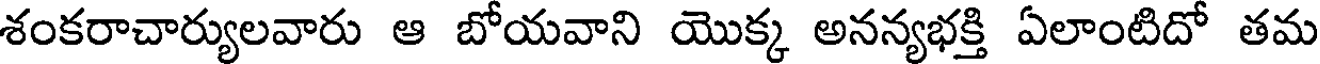
శంకరాచార్యులవారు ఆ బోయవాని యొక్క అనన్యభక్తి ఏలాంటిదో తమ